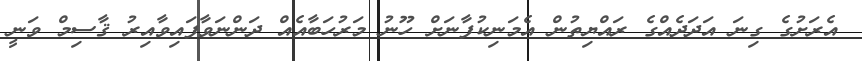
އެރަށުގެ ގިނަ އަދަދެއްގެ ރައްޔިތުން އެމަނިކުފާނަށް ހޫނު މަރުހަބާއެއް ދަންނަވާފައިވާއިރު ޤާސިމް ވަނީ